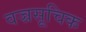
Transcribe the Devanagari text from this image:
वज्रसूचिक